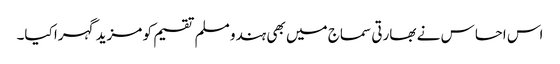
اس احساس نے بھارتی سماج میں بھی ہندو مسلم تقسیم کو مزید گہرا کیا۔